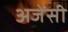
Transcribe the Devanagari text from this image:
अजेंसी